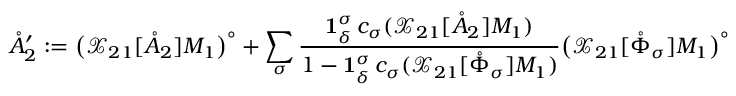
\mathring { A } _ { 2 } ^ { \prime } : = \big ( \mathcal { X } _ { 2 1 } [ \mathring { A } _ { 2 } ] M _ { 1 } \big ) ^ { \circ } + \sum _ { \sigma } \frac { \mathbf { 1 } _ { \delta } ^ { \sigma } \, c _ { \sigma } ( \mathcal { X } _ { 2 1 } [ \mathring { A } _ { 2 } ] M _ { 1 } ) } { 1 - \mathbf { 1 } _ { \delta } ^ { \sigma } \, c _ { \sigma } ( \mathcal { X } _ { 2 1 } [ \mathring { \Phi } _ { \sigma } ] M _ { 1 } ) } \big ( \mathcal { X } _ { 2 1 } [ \mathring { \Phi } _ { \sigma } ] M _ { 1 } \big ) ^ { \circ }